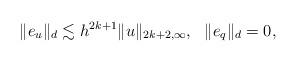
LaTeX: \begin{align*} \|e_u\|_d\lesssim h^{2k+1}\|u\|_{2k+2,\infty},\ \ \|e_q\|_d=0,\end{align*}